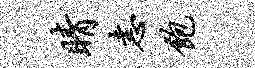
睛恚饱